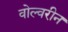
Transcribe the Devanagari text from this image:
वोल्वरीन